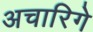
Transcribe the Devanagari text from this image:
अचारिगे